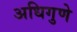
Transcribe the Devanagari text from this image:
अधिगुणे